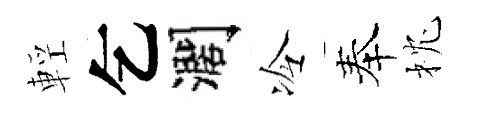
輕乞濶冷奉枕